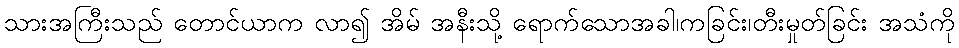
သားအကြီးသည် တောင်ယာက လာ၍ အိမ် အနီးသို့ ရောက်သောအခါ၊ကခြင်း၊တီးမှုတ်ခြင်း အသံကို